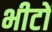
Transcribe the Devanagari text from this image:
भीटों